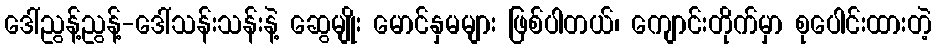
ဒေါ်ညွန့်ညွန့်-ဒေါ်သန်းသန်းနဲ့ ဆွေမျိုး မောင်နှမများ ဖြစ်ပါတယ်၊ ကျောင်းတိုက်မှာ စုပေါင်းထားတဲ့